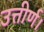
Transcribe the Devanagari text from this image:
उत्तीर्ण।